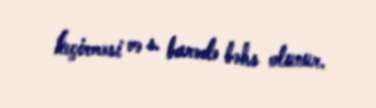
keçirməsi və s. barədə bəhs olunur.